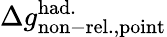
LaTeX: \Delta{g}_{\mathrm{non-rel.,point}}^{\mathrm{had.}}